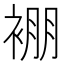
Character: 䙀